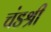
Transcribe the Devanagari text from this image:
चंडश्री